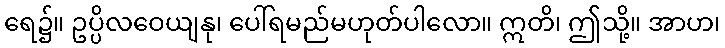
ရေ၌။ ဥပ္ပိလဝေယျနု၊ ပေါ်ရမည်မဟုတ်ပါလော။ ဣတိ၊ ဤသို့။ အာဟ၊